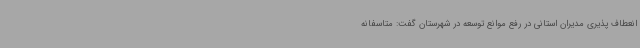
انعطاف پذیری مدیران استانی در رفع موانع توسعه در شهرستان گفت: متاسفانه